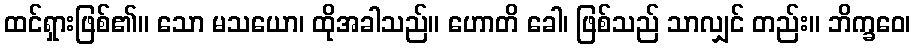
ထင်ရှားဖြစ်၏။ သော မသယော၊ ထိုအခါသည်။ ဟောတိ ခေါ၊ ဖြစ်သည် သာလျှင် တည်း။ ဘိက္ခဝေ၊